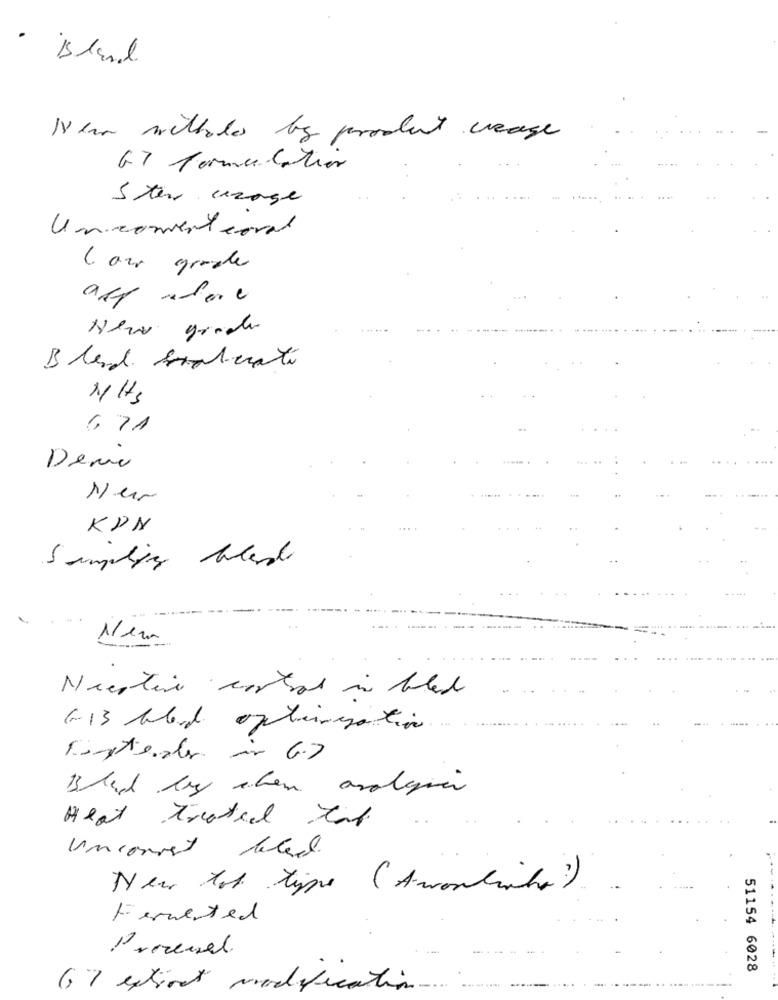
· island
New witholes by product creage
67 formulation
5 teu crage
Unconverteoral
( our grade
New grade
Blend suoberati
NHS
6, 71
Deme
Nur
KDN
Simplify bles
....
Niestive control in blad
6-13 blend optimization
hinterals in 6.7
analgin
Heat Treated tal.
Unconvert
New tob type (A-wowlite?)
Fermented
Prezesel.
51154 6028
67 extinct modification